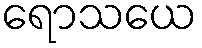
ရောသယေ